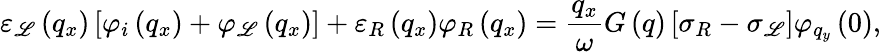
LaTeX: {{\varepsilon}_{\mathscr{L}}}\left({{q}_{x}}\right)\left[{{\varphi}_{i}}\left({{q}_{x}}\right)+{{\varphi}_{\mathscr{L}}}\left({{q}_{x}}\right)\right]+{{\varepsilon}_{R}}\left({{q}_{x}}\right){{\varphi}_{R}}\left({{q}_{x}}\right)=\frac{{{{q}_{x}}}}{{\omega}}G\left(q\right)\left[{{\sigma}_{R}}-{{\sigma}_{\mathscr{L}}}\right]{{\varphi}_{{{q}_{y}}}}\left(0\right),